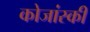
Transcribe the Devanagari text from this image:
कोजांस्की